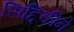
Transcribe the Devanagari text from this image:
सिद्दिकीने